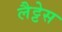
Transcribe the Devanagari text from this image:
लैट्टेस